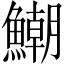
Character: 𩻹